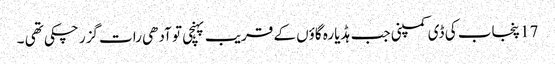
17 پنجاب کی ڈی کمپنی جب ہڈیارہ گاؤں کے قریب پہنچی تو آدھی رات گزر چکی تھی ۔